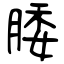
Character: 腇